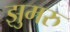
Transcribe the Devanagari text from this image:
झुमरु